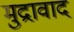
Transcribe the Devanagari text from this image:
मुद्रावाद